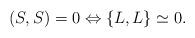
LaTeX: \begin{align*}(S,S)=0\Leftrightarrow\{L,L\}\simeq 0 .\end{align*}